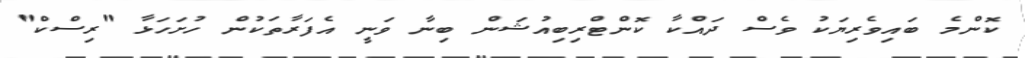
ކޮންމެ ބައިވެރިޔަކު ވެސް ދައްކާ ކޮންޓްރިބިއުޝަން ބިނާ ވަނީ އެފަރާތަކުން ހުށަހަޅާ "ރިސްކް"